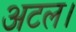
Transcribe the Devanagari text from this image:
अटल।